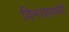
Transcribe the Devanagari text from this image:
विनाशाकरी